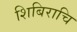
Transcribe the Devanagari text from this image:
शिबिराचि